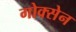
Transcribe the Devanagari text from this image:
गोक्सेन